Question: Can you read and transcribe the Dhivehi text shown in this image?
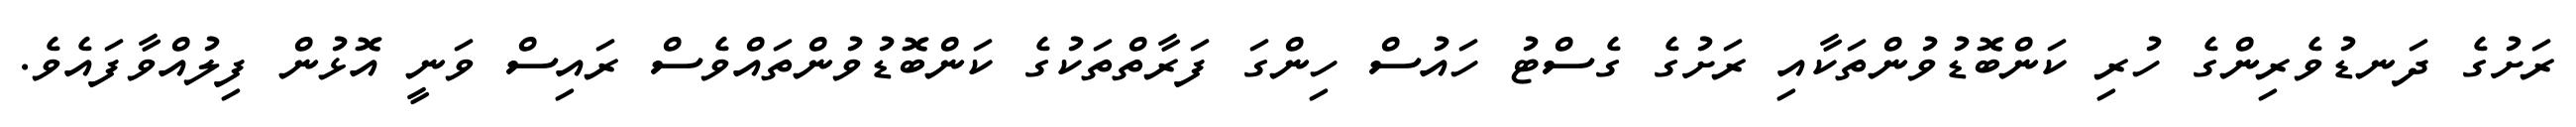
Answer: ރަށުގެ ދަނޑުވެރިންގެ ހުރި ކަންބޮޑުވުންތަކާއި ރަށުގެ ގެސްޓު ހައުސް ހިންގަ ފަރާތްތަކުގެ ކަންބޮޑުވުންތައްވެސް ރައިސް ވަނީ އޮޅުން ފިލުއްވާފައެވެ.